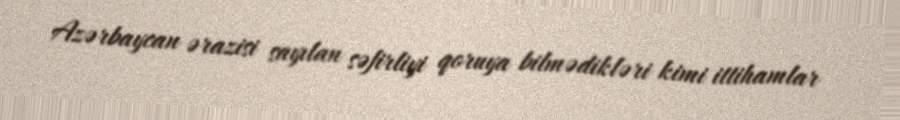
Azərbaycan ərazisi sayılan səfirliyi qoruya bilmədikləri kimi ittihamlar